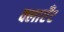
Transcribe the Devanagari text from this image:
क्लाएँट